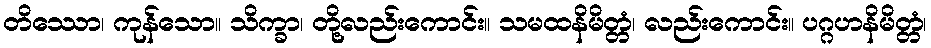
တိဿော၊ ကုန်သော။ သိက္ခာ၊ တို့လည်းကောင်း။ သမထနိမိတ္တံ၊ လည်းကောင်း။ ပဂ္ဂဟနိမိတ္တံ၊